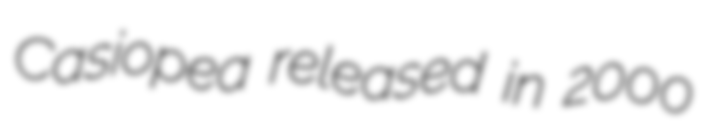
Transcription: Casiopea released in 2000